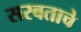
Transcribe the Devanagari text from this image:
सरबताचे